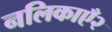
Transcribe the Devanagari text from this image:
नलिकाएँ२